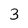
Character: 3